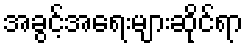
အခွင့်အရေးများဆိုင်ရာ